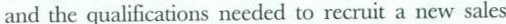
and the qualifications needed to recruit a new sales